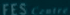
FES Centre